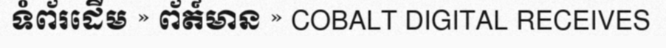
ទំព័រដើម » ព័ត៍មាន » COBALT DIGITAL RECEIVES